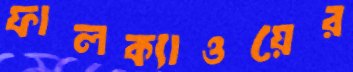
ফালক্যাওয়ের